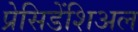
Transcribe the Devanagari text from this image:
प्रेसिडेंशिअल